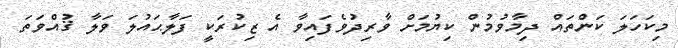
މިކަހަލަ ކަންތައް ދިމާވުމުން ކިޔުމަށް ވާރިދުވެފައިވާ އެ ޒިކުރަކީ ފަލާޙައުލަ ވަލާ ޤުއްވަތަ